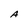
Character: A